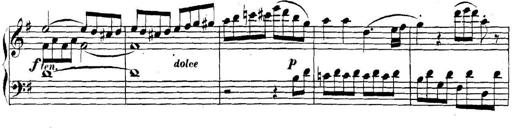
Title: Collected Piano Sonatas
Composer: Muzio Clementi